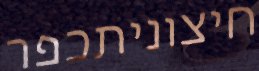
חיצוניתכפר